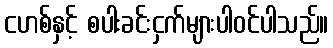
ငဟစ်နှင့် စပါးခင်းငှက်များပါဝင်ပါသည်။